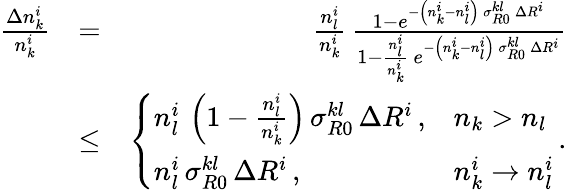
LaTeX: \begin{array}{rlr}{\frac{\Delta n_{k}^{i}}{n_{k}^{i}}}&{=}&{\frac{n_{l}^{i}}{n_{k}^{i}}\, \frac{1-e^{-\left(n_{k}^{i}-n_{l}^{i}\right)\, \sigma_{R0}^{kl}\, \Delta R^{i}}}{1-\frac{n_{l}^{i}}{n_{k}^{i}}\, e^{-\left(n_{k}^{i}-n_{l}^{i}\right)\, \sigma_{R0}^{kl}\, \Delta R^{i}}}}\\ &{\le}&{\left\{ \begin{array}{ll}{n_{l}^{i}\, \left(1-\frac{n_{l}^{i}}{n_{k}^{i}}\right)\, \sigma_{R0}^{kl}\, \Delta R^{i}\, ,}&{n_{k}>n_{l}}\\ {n_{l}^{i}\, \sigma_{R0}^{kl}\, \Delta R^{i}\, ,}&{n_{k}^{i}\rightarrow n_{l}^{i}}\end{array}\right.\, .}\end{array}